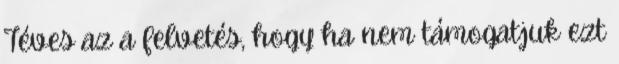
Téves az a felvetés, hogy ha nem támogatjuk ezt